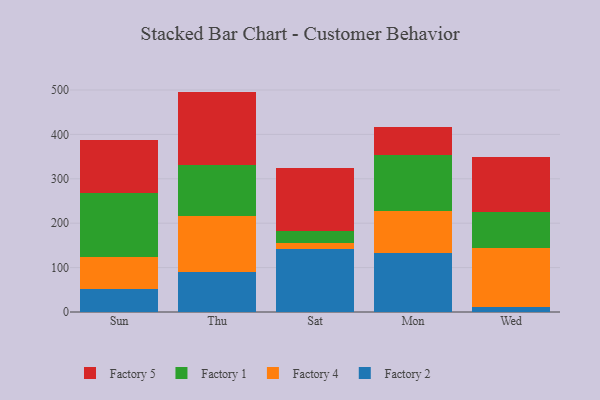
{"axis": {"x": "Day", "y": "Gross Profit (USD K)"}, "legend": ["Factory 1", "Factory 2", "Factory 4", "Factory 5"], "data": [{"x": "Sun", "y": 52.2, "type": "Factory 2"}, {"x": "Sun", "y": 70.8, "type": "Factory 4"}, {"x": "Sun", "y": 145.0, "type": "Factory 1"}, {"x": "Sun", "y": 118.7, "type": "Factory 5"}, {"x": "Thu", "y": 91.0, "type": "Factory 2"}, {"x": "Thu", "y": 125.1, "type": "Factory 4"}, {"x": "Thu", "y": 115.5, "type": "Factory 1"}, {"x": "Thu", "y": 164.8, "type": "Factory 5"}, {"x": "Sat", "y": 142.8, "type": "Factory 2"}, {"x": "Sat", "y": 12.6, "type": "Factory 4"}, {"x": "Sat", "y": 27.0, "type": "Factory 1"}, {"x": "Sat", "y": 141.9, "type": "Factory 5"}, {"x": "Mon", "y": 131.8, "type": "Factory 2"}, {"x": "Mon", "y": 94.9, "type": "Factory 4"}, {"x": "Mon", "y": 127.0, "type": "Factory 1"}, {"x": "Mon", "y": 63.0, "type": "Factory 5"}, {"x": "Wed", "y": 11.3, "type": "Factory 2"}, {"x": "Wed", "y": 132.6, "type": "Factory 4"}, {"x": "Wed", "y": 80.7, "type": "Factory 1"}, {"x": "Wed", "y": 124.9, "type": "Factory 5"}]}